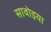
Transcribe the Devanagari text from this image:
सावोइया